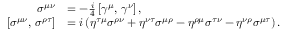
{ \begin{array} { r l } { \sigma ^ { \mu \nu } } & { = - { \frac { i } { 4 } } \left[ \gamma ^ { \mu } , \, \gamma ^ { \nu } \right] , } \\ { \left[ \sigma ^ { \mu \nu } , \, \sigma ^ { \rho \tau } \right] } & { = i \left( \eta ^ { \tau \mu } \sigma ^ { \rho \nu } + \eta ^ { \nu \tau } \sigma ^ { \mu \rho } - \eta ^ { \rho \mu } \sigma ^ { \tau \nu } - \eta ^ { \nu \rho } \sigma ^ { \mu \tau } \right) . } \end{array} }